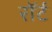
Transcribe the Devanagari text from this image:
रॉर्ट